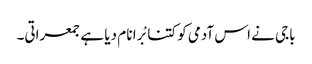
باجی نے اس آدمی کو کتنا بْرا نا م دیا ہے جمعراتی۔